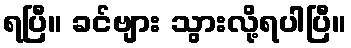
ရပြီ။ ခင်ဗျား သွားလို့ရပါပြီ။